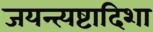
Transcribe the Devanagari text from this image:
जयन्त्यष्टादिशा